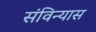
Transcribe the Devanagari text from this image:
संविन्यास